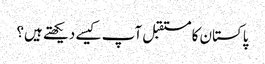
پاکستان کا مستقبل آپ کیسے دیکھتے ہیں؟